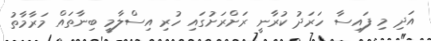
އަދި މި ފައިސާ ހަރަދު ކުރާނީ ރަށްރަށުގައި ހުރި އިސްލާމީ ބިނާތައް މަރާމާތު